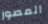
المصور